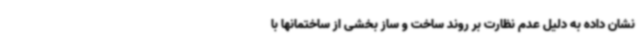
نشان داده به دلیل عدم نظارت بر روند ساخت و ساز بخشی از ساختمانها با